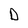
Character: D